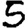
Digit: 5